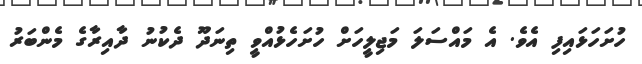
ހުށަހަޅައިފި އެވެ. އެ މައްސަލަ މަޖިލީހަށް ހުށަހެޅުއްވީ ތިނަދޫ ދެކުނު ދާއިރާގެ މެންބަރު